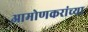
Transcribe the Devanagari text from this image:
आमोणकरांच्या